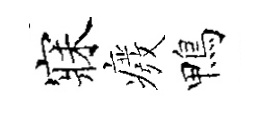
寐癈鴨